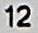
12